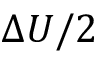
\Delta U / 2